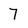
Character: 7